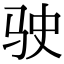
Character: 驶